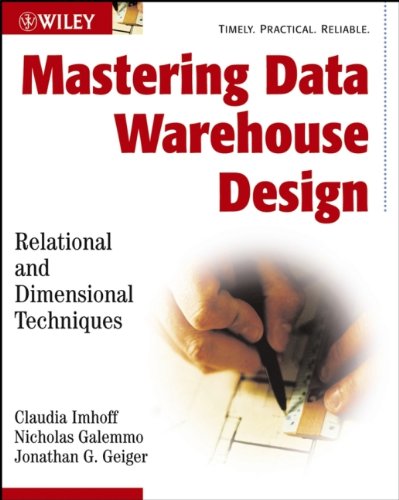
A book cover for Mastering Data Warehouse Design: Relational and Dimensional Techniques; Claudia Imhoff; Computers & Technology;